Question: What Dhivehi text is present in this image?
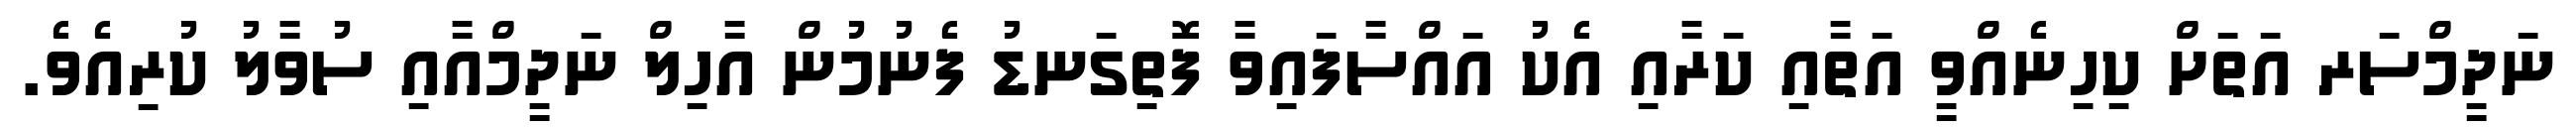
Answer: ނަދީމްސަރ އަތަށް ކިހިނެއްވީ އަތާއި ކަރާއި އެކު އައްސާފައިވާ ފޮތިގަނޑު ފެނުމުން އާހިލް ނަދީމްއާއި ސުވާލު ކުރިއެވެ.